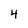
Character: 4